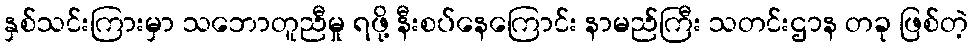
နှစ်သင်းကြားမှာ သဘောတူညီမှု ရဖို့ နီးစပ်နေကြောင်း နာမည်ကြီး သတင်းဌာန တခု ဖြစ်တဲ့